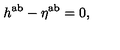
h ^ { \mathrm { a b } } - \eta ^ { \mathrm { a b } } = 0 ,